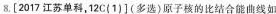
8.[2017江苏单科，12C(1)](多选)原子核的比结合能曲线如